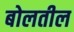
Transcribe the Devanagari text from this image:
बोलतील